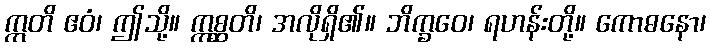
ဣတိ ဧဝံ၊ ဤသို့။ ဣစ္ဆတိ၊ အလိုရှိ၏။ ဘိက္ခဝေ၊ ရဟန်းတို့။ ကောဓနော၊